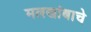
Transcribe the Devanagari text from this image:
मलखांबाचे